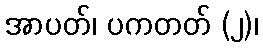
အာပတ်၊ ပကတတ် (၂)၊